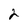
Character: 3